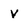
Character: V